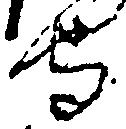
守